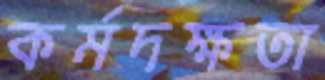
কর্মদক্ষতা